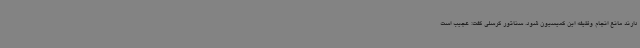
دارند مانع انجام وظیفه این کمیسیون شود. سناتور گرسلی گفت: عجیب است